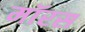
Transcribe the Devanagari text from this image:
मॉरस